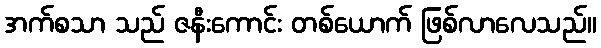
အက်စသာ သည် ဇနီးကောင်း တစ်ယောက် ဖြစ်လာလေသည်။